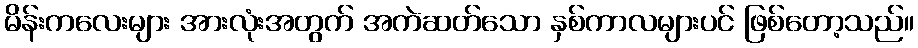
မိန်းကလေးများ အားလုံးအတွက် အကဲဆတ်သော နှစ်ကာလများပင် ဖြစ်တော့သည်။